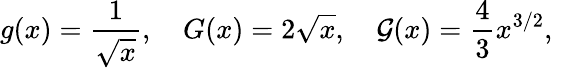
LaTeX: g(x)=\frac{1}{\sqrt{x}},\quad G(x)=2\sqrt{x},\quad\mathcal{G}(x)=\frac{4}{3}x^{3/2},\quad